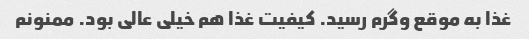
غذا به موقع وگرم رسید. کیفیت غذا هم خیلی عالی بود. ممنونم